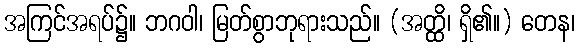
အကြင်အရပ်၌။ ဘဂဝါ၊ မြတ်စွာဘုရားသည်။ (အတ္ထိ၊ ရှိ၏။) တေန၊